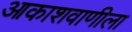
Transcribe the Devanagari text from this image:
आकाशवाणीला